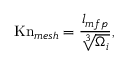
\mathrm { K n } _ { m e s h } = \frac { l _ { m f p } } { \sqrt [ 3 ] { \Omega _ { i } } } ,